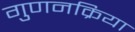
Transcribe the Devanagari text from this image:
गुणनक्रिया